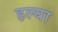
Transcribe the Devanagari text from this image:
हल्या